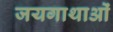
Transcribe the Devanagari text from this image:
जयगाथाओं